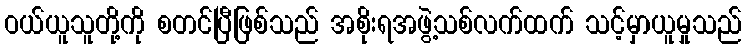
ဝယ်ယူသူတို့ကို စတင်ပြီဖြစ်သည် အစိုးရအဖွဲ့သစ်လက်ထက် သင့်မှာယူမှုသည်